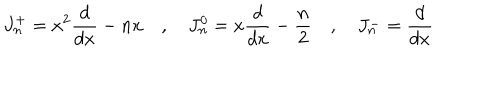
J _ { n } ^ { + } = x ^ { 2 } { \frac { d } { d x } } - n x \quad , \quad J _ { n } ^ { 0 } = x { \frac { d } { d x } } - { \frac { n } { 2 } } \quad , \quad J _ { n } ^ { - } = { \frac { d } { d x } }